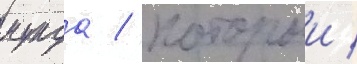
мунда / которыи /